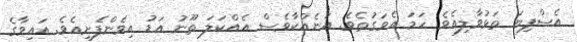
އެސްފިޔަ ތަޅުވާލިއެވެ. ހަމަ އެވަގުތެވެ. އަނެއްކާވެސް އެއްކަލަ ތޫނު އަޑު އިވެންފެށިއެވެ. އައިވާގެ